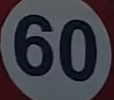
60